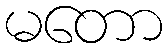
မတော